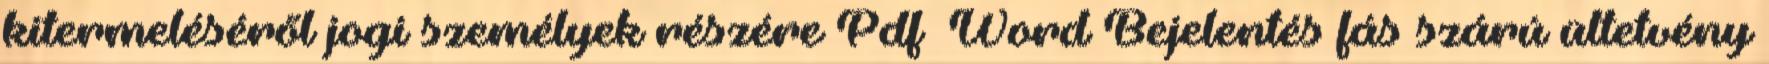
kitermeléséről jogi személyek részére Pdf Word Bejelentés fás szárú ültetvény